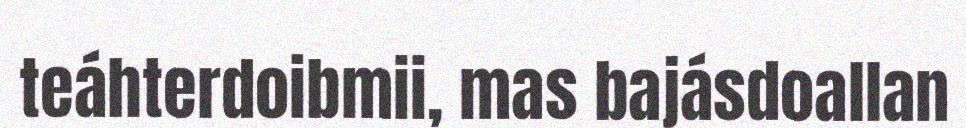
teáhterdoibmii, mas bajásdoallan